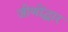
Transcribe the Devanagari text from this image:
जीणोंद्धार